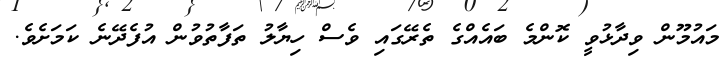
މައުމޫން ވިދާޅުވީ ކޮންމެ ބައެއްގެ ތެރޭގައި ވެސް ހިޔާލު ތަފާތުވުން އުފެދޭނެ ކަމަށެވެ.